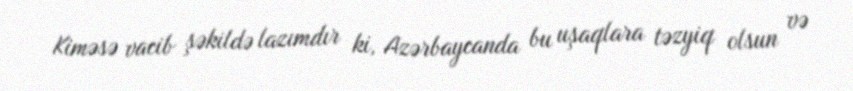
Kiməsə vacib şəkildə lazımdır ki, Azərbaycanda bu uşaqlara təzyiq olsun və